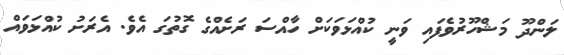
ލަންދޫ މަޝްހޫރުވެފައި ވަނީ ކުއްޅަވަކަށް ހާއްސަ ރަށެއްގެ ގޮތުގަ އެވެ. އެރަށު ކުއްޅަވައް